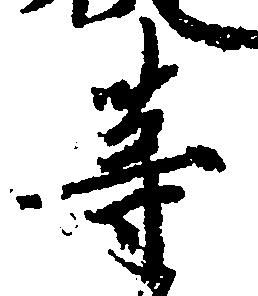
等